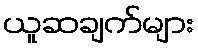
ယူဆချက်များ